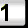
Digit: 1